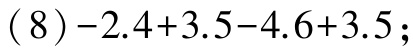
\((8)-2.4 + 3.5-4.6 + 3.5;\)